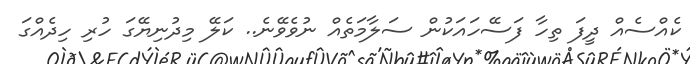
ކެއްސެއް ދީފަ ތިހާ ފަސޭހައަކުން ސަލާމަތެއް ނުވެވޭނެ.. ކަލޭ މިދުނިޔޭގަ ހުރި ހިދެއްގަ